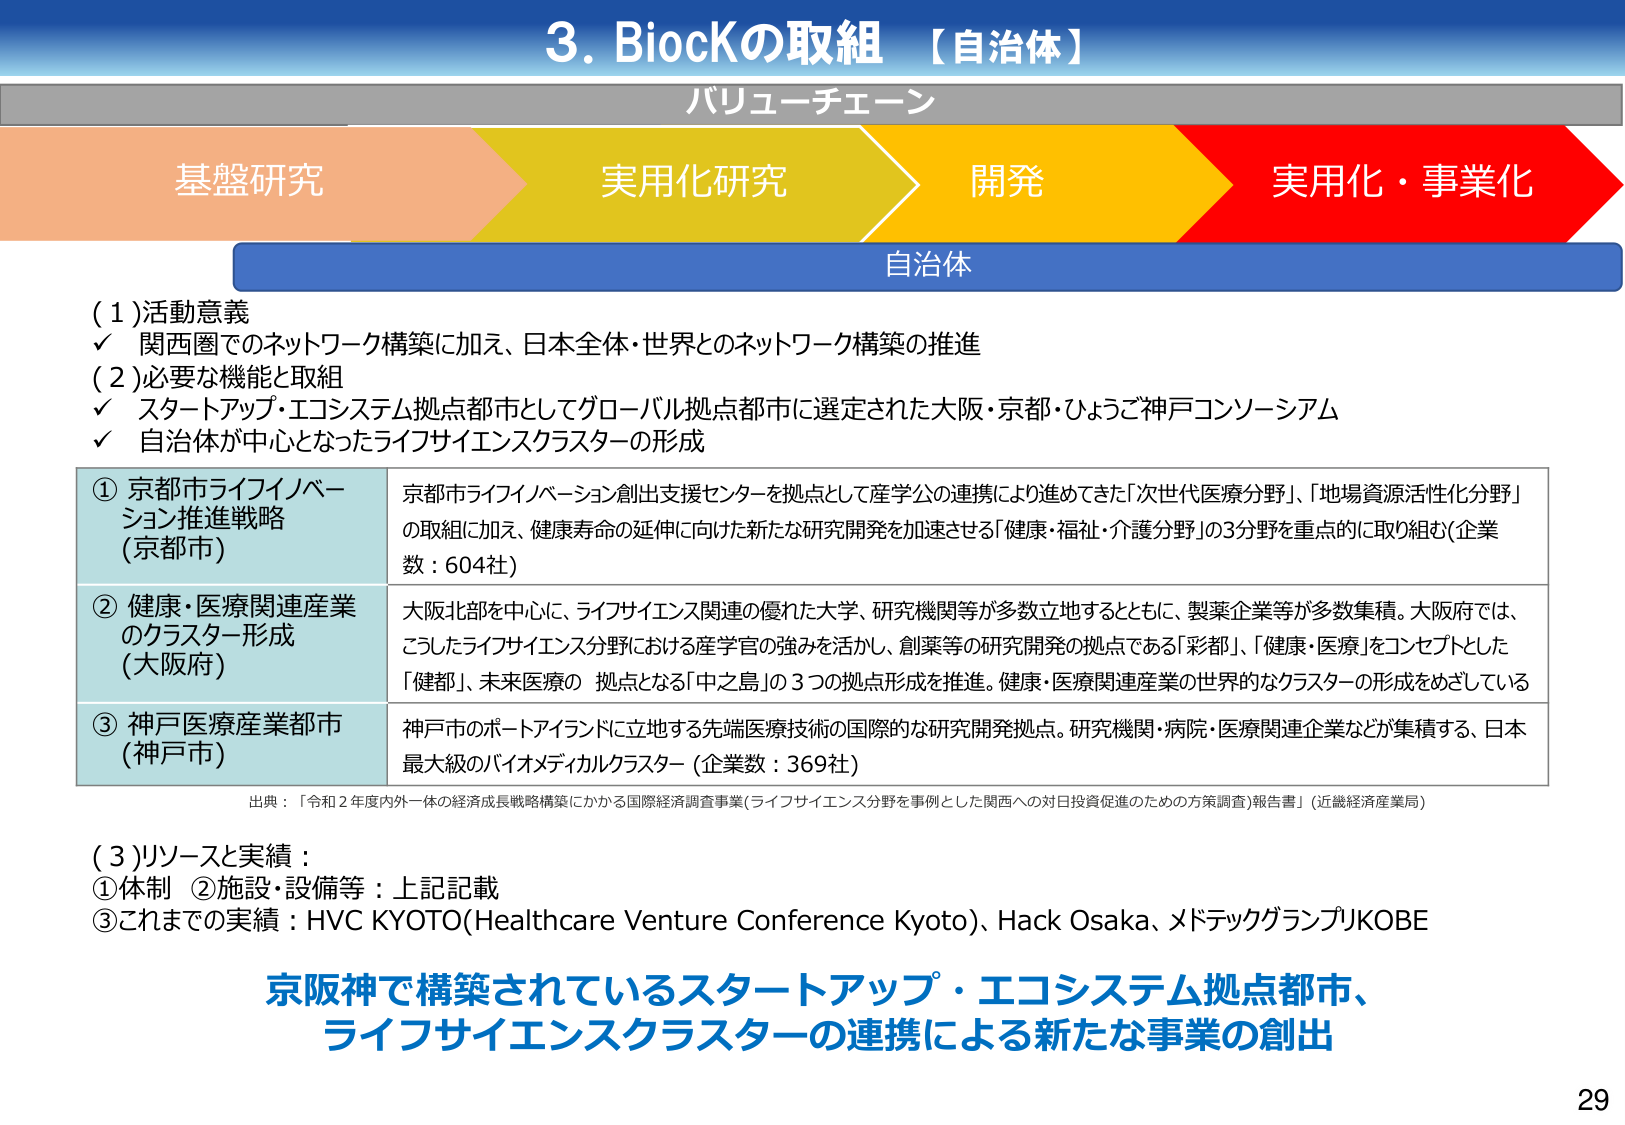
3. BiocKの取組 【自治体】
バリューチェーン
基盤研究　実用化研究　開発　実用化・事業化
自治体

(1)活動意義
✓ 関西圏でのネットワーク構築に加え、日本全体・世界とのネットワーク構築の推進

(2)必要な機能と取組
✓ スタートアップ・エコシステム拠点都市としてグローバル拠点都市に選定された大阪・京都・ひょうご神戸コンソーシアム
✓ 自治体が中心となったライフサイエンスクラスターの形成

① 京都市ライフイノベーション推進戦略 (京都市)
京都市ライフイノベーション創出支援センターを拠点として産学公の連携により進めてきた「次世代医療分野」、「地場資源活性化分野」の取組に加え、健康寿命の延伸に向けた新たな研究開発を加速させる「健康・福祉・介護分野」の3分野を重点的に取り組む（企業数：604社）

② 健康・医療関連産業のクラスター形成 (大阪府)
大阪北部を中心に、ライフサイエンス関連の優れた大学、研究機関等が多数立地するとともに、製薬企業等が多数集積。大阪府では、こうしたライフサイエンス分野における産学官の強みを活かし、創薬等の研究開発の拠点である「彩都」、「健康・医療」をコンセプトとした「健都」、未来医療の拠点となる「中之島」の3つの拠点形成を推進。健康・医療関連産業の世界的なクラスターの形成をめざしている

③ 神戸医療産業都市 (神戸市)
神戸市のポートアイランドに立地する先端医療技術の国際的な研究開発拠点。研究機関・病院・医療関連企業などが集積する、日本最大級のバイオメディカルクラスター（企業数：369社）

出典：「令和2年度内外一体の経済成長戦略構築にかかる国際経済調査事業（ライフサイエンス分野を事例とした関西への対日投資促進のための方策調査）報告書」（近畿経済産業局）

(3)リソースと実績：
①体制　②施設・設備等：上記記載
③これまでの実績：HVC KYOTO(Healthcare Venture Conference Kyoto)、Hack Osaka、メドテックグランプリKOBE

京阪神で構築されているスタートアップ・エコシステム拠点都市、
ライフサイエンスクラスターの連携による新たな事業の創出

29